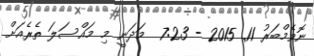
ނޮވެމްބަރު 11